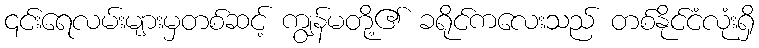
၎င်းရေလမ်းများမှတစ်ဆင့် ကျွန်မတို့၏ ခရိုင်ကလေးသည် တစ်နိုင်ငံလုံးရှိ